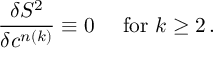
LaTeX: \frac { \delta S ^ { 2 } } { \delta c ^ { n ( k ) } } \equiv 0 \mathrm { \quad ~ f o r ~ } k \geq 2 \, .